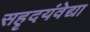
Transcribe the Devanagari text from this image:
सहृदयंवेद्या